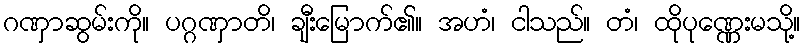
ဂဏှာဆွမ်းကို။ ပဂ္ဂဏှာတိ၊ ချီးမြောက်၏။ အဟံ၊ ငါသည်။ တံ၊ ထိုပုဏ္ဏေးမသို့။